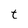
Character: t